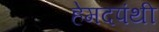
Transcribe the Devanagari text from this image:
हेमदपंथी